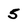
Character: 5